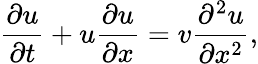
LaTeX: \frac{\partial u}{\partial t}+u\frac{\partial u}{\partial x}=v\frac{\partial^{2}u}{\partial x^{2}},